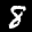
Label: 8